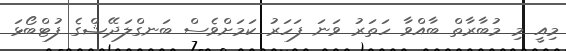
މިއީ މި މުބާރާތް ބާއްވާ ހަތަރު ވަނަ ފަހަރު ކަމަށްވެސް ބަނގްލަދޭޝްގެ ފުޓްބޯޅަ